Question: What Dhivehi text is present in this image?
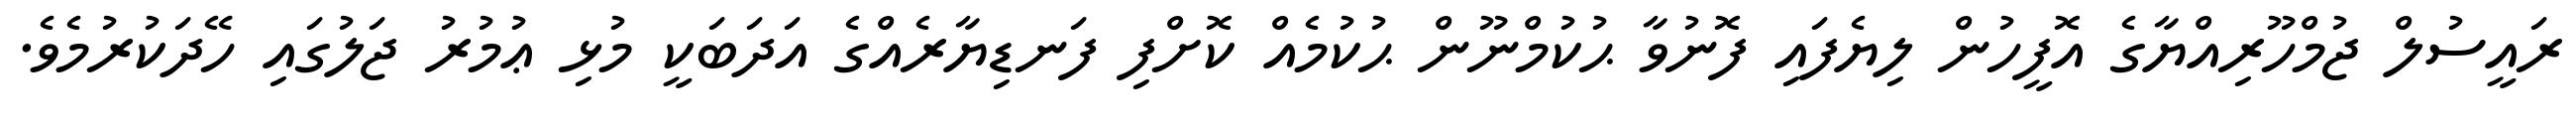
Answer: ރައީސުލް ޖުމްހޫރިއްޔާގެ އޮފީހުން ލިޔެފައި ފޮނުވާ ޙުކުމްނޫން ޙުކުމެއް ކޮށްފި ފަނޑިޔާރެއްގެ އަދަބަކީ މުޅި ޢުމުރު ޖަލުގައި ހޭދަކުރުމެވެ.